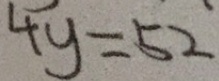
4 y = 5 2